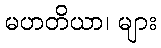
မဟတိယာ၊ များ